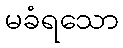
မခံရသော